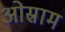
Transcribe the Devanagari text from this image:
ओस्राम